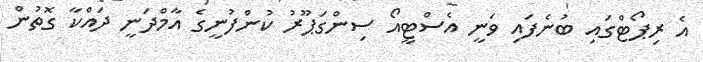
އެ ރިޕޯޓްގައި ބުނެފައި ވަނީ އެސްޓީއޯ ސިންގަޕޫރު ކުންފުނީގެ އާމްދަނީ ދައްކާ ގޮތުން